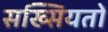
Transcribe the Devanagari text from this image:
सख्सियतों